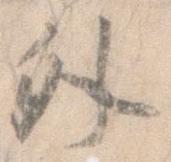
外